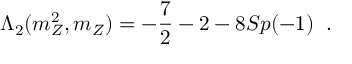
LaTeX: \Lambda _ { 2 } ( m _ { Z } ^ { 2 } , m _ { Z } ) = - \frac { 7 } { 2 } - 2 - 8 S p ( - 1 ) \; \; .